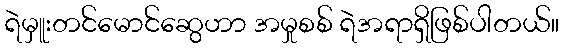
ရဲမှူးတင်မောင်ဆွေဟာ အမှုစစ် ရဲအရာရှိဖြစ်ပါတယ်။